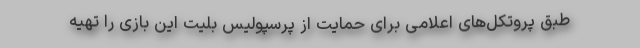
طبق پروتکل‌های اعلامی برای حمایت از پرسپولیس بلیت این بازی را تهیه